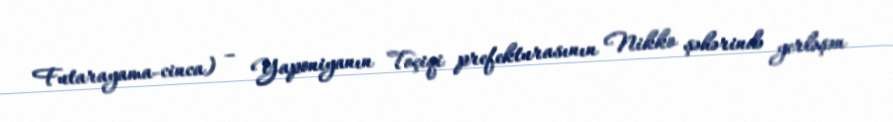
Futarayama-cinca) – Yaponiyanın Toçiqi prefekturasının Nikko şəhərində yerləşən